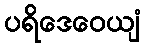
ပရိဒေဝေယျံ